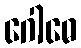
ဂေါဓေ